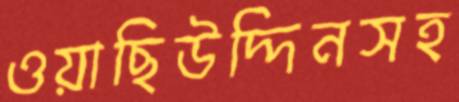
ওয়াছিউদ্দিনসহ